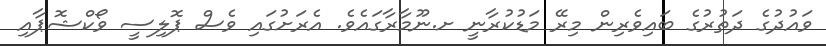
ވައުދުގެ ދަތުރުގެ ބައިވެރިން މިރޭ މަޑުކުރާނީ ށ.ނޫމާރާގައެވެ. އެރަށުގައި ވެސް ޕޮލިސީ ވޯކްޝޮޕާއި